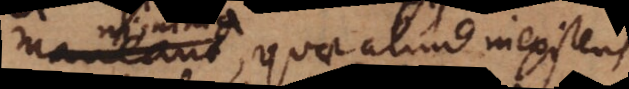
minima, quae aliud inexistens